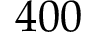
4 0 0